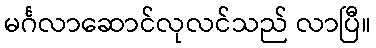
မင်္ဂလာဆောင်လုလင်သည် လာပြီ။